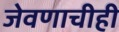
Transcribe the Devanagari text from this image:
जेवणाचीही